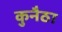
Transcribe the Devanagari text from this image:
कुनैठा